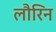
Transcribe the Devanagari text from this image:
लौरिन